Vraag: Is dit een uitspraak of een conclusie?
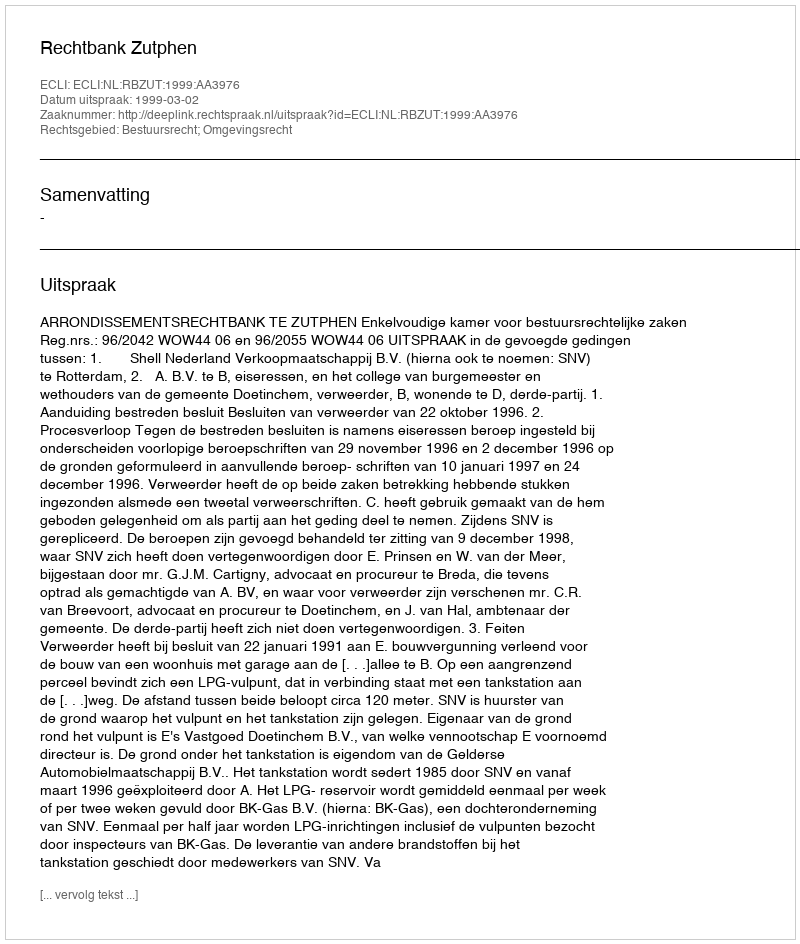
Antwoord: Uitspraak